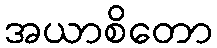
အယာစိတော